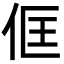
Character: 㑌